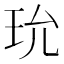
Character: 玧